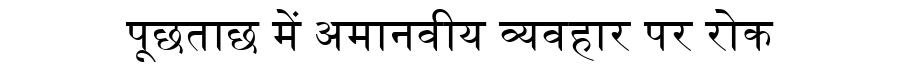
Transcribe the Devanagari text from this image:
पूछताछ में अमानवीय व्यवहार पर रोक